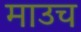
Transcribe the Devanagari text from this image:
माउच